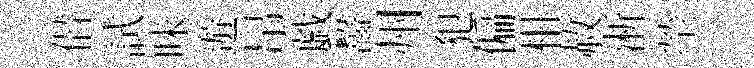
僣試昧遊帛戯齧州犯偏柑赦淅塋